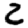
Digit: 2